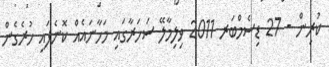
ކުރިން - 27 ޑިސެމްބަރ 2011 ވިލިމާލޭ ސަހަރާގައި މަހާނައެއް ކޮނެފައި ހުރެގެން